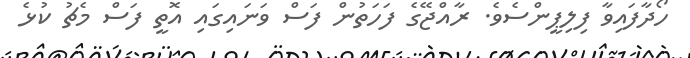
ހޯދާފައިވާ ފިލިޕީންސެވެ. ރާއްޖޭގެ ފަހަތުން ފަސް ވަނައިގައި އޮތީ ފަސް މެޗު ކުޅެ